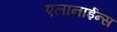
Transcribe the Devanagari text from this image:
एलानाईन्स